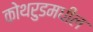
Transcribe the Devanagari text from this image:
कोथरुडमधील